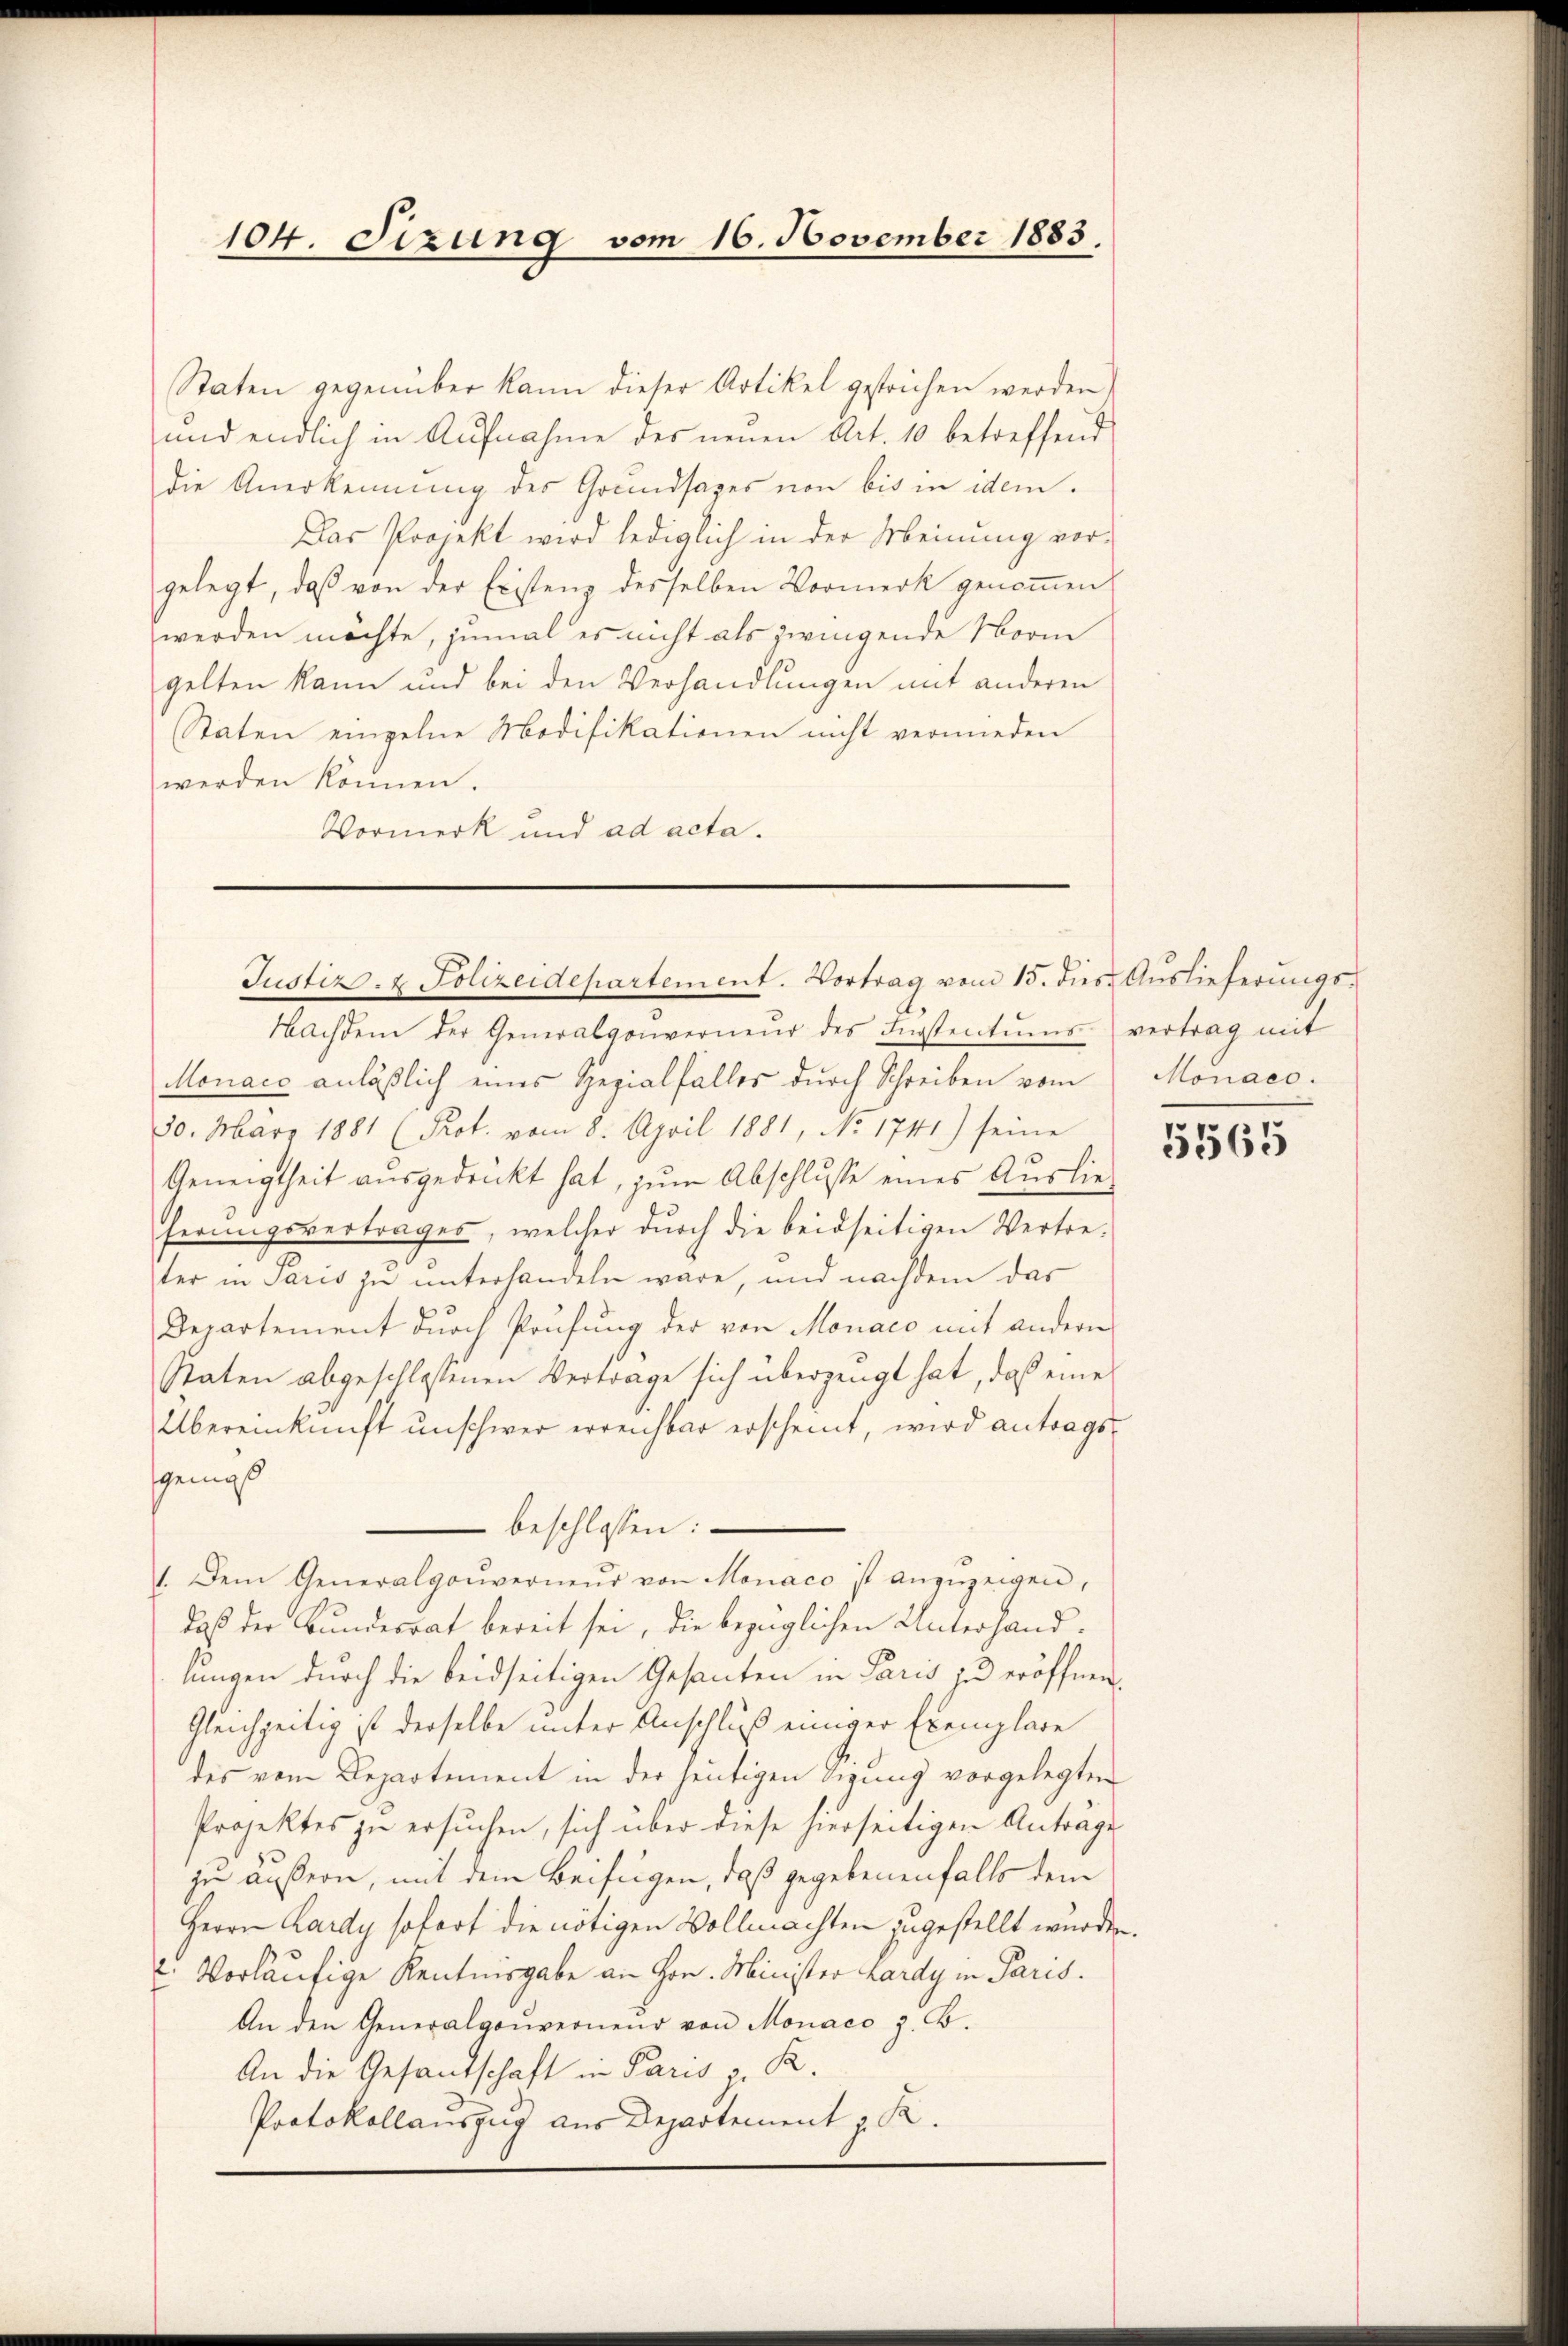
104. Sizung vom 16. November 1883.

Staten gegenüber kann dieser Artikel gestrichen werden.
und endlich in Aufnahme des neuen Art. 10 betreffend
die Anerkennung des Grundsazes von bis in idem
Das Projekt wird lediglich in der Meinung vor-
gelegt, daß von der Existenz desselben Vormerk genoṁen
werden möchte, zumal es nicht als zwingende Norm
gelten kann und bei den Verhandlungen mit anderen
Staten einzelne Modifikationen nicht vermieden
werden können.
Vormerk und ad acta.

Justiz- & Polizeidepartement. Vortrag vom 15. dies Auslieferungs-

Monace anläßlich eines Rezialfalles durch Schreiben vom
30. März 1881 (Prot. vom 8. April 1881, No. 1741) seine
Geneigtheit ausgedruckt hat, zum Abschlusse eines Auslieferungsvertrages, welcher durch die beidseitigen Vertre-
ter in Paris zu unterhandeln wäre, und nachdem das
Departement durch Prüfung der von Monaco mit andern
Raten abgeschlossenen Vertrage sich überzeugt hat, daß eine
Übereinkunft unschwer erreichbar erscheint, wird antragsgemäß
beschlossen:
1. Dem Generalgouverneŭr von Monaco ist anzuzeigen,
daß der Kundesrat bereit sei, die bezüglichen Unterhandlungen durch die beidseitigen Gesanten in Paris zu eröffnen.
Gleichzeitig ist derselbe unter Anschluß einiger Exemplare
des vom Departement in der heutigen Sigung vorgelegten
Projektes zu ersuchen, sich über diese hierseitigen Anträge
zu äußern, mit dem Beifügen, daß gegebenenfalls dem
Herrn Lardy sofort die nötigen Vollmachten zugestellt wurden.
2. Vorläufige Kentnisgabe an Hrn. Minister Kardy in Paris.
An den Generalgouverneur von Monaco z. B.
An die Gesandschaft in Paris - K.
Protokollauszug aus Departement z. R.

Nachdem der Generalgouverneŭr des Ingstentums vertrag mit

Monaeo.

5565